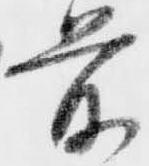
前